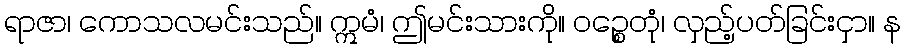
ရာဇာ၊ ကောသလမင်းသည်။ ဣမံ၊ ဤမင်းသားကို။ ဝဉ္စေတုံ၊ လှည့်ပတ်ခြင်းငှာ။ န